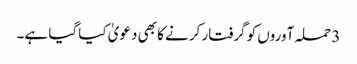
3 حملہ آوروں کو گرفتار کرنے کا بھی دعویٰ کیا گیا ہے۔